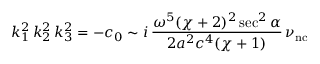
k _ { 1 } ^ { 2 } \, k _ { 2 } ^ { 2 } \, k _ { 3 } ^ { 2 } = - c _ { 0 } \sim i \, \frac { \omega ^ { 5 } ( \chi + 2 ) ^ { 2 } \sec ^ { 2 } \alpha } { 2 a ^ { 2 } c ^ { 4 } ( \chi + 1 ) } \, \nu _ { \mathrm { n c } }